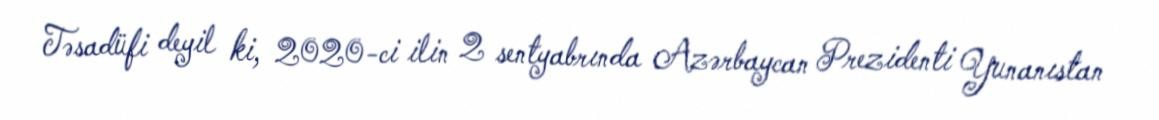
Təsadüfi deyil ki, 2020-ci ilin 2 sentyabrında Azərbaycan Prezidenti Yunanıstan